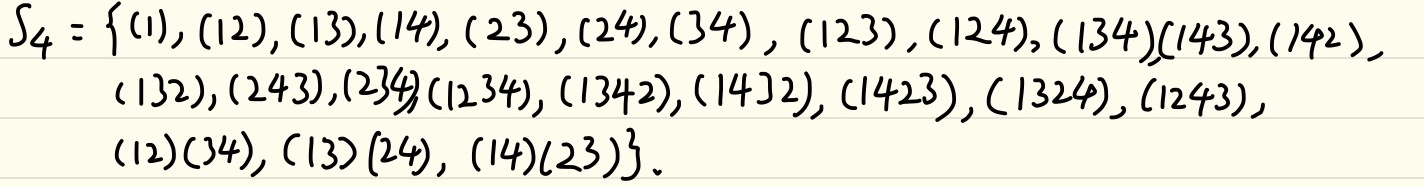
\[
\begin{align*}
S_{4} = \{&(1),(12),(13),(14),(23),(24),(34),(123),(124),(134),(143),(142),\\
&(132),(243),(234),(1234),(1342),(1423),(1423),(1324),(1243),\\
&(12)(34),(13)(24),(14)(23)\}
\end{align*}
\]